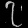
Digit: ၇